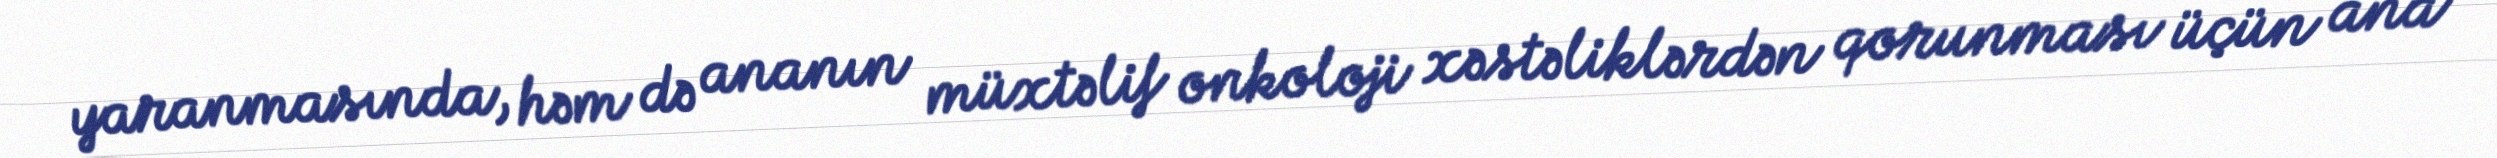
yaranmasında, həm də ananın müxtəlif onkoloji xəstəliklərdən qorunması üçün ana